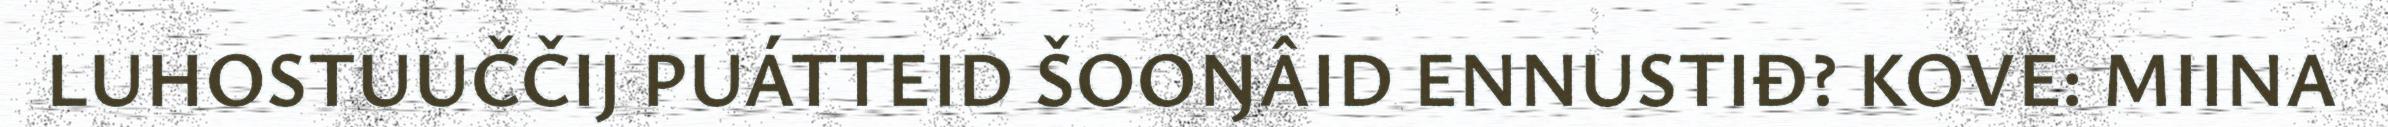
LUHOSTUUČČIJ PUÁTTEID ŠOOŊÂID ENNUSTIĐ? KOVE: MIINA